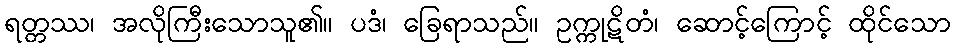
ရတ္တဿ၊ အလိုကြီးသောသူ၏။ ပဒံ၊ ခြေရာသည်။ ဥက္ကုဋိတံ၊ ဆောင့်ကြောင့် ထိုင်သော